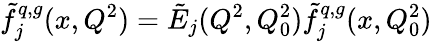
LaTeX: \tilde{f}_{j}^{q,g}(x,Q^{2})=\tilde{E}_{j}(Q^{2},Q_{0}^{2})\tilde{f}_{j}^{q,g}(x,Q_{0}^{2})